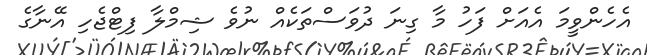
އެހެންވީމަ އެއަށް ފަހު މާ ގިނަ ދުވަސްތަކެއް ނުވެ ޝިމްލާ ފިޓްޖެހި އޭނާގެ